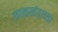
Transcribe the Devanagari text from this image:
काळखंडाच्या